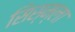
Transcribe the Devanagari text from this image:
सिस्म्ला